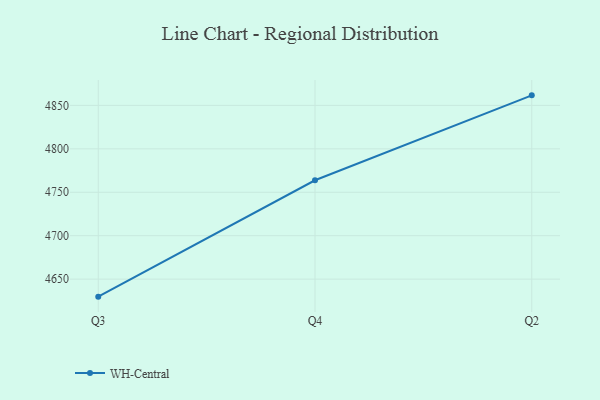
{"axis": {"x": "Quarter", "y": "Humidity (%)"}, "legend": ["WH-Central"], "data": [{"x": "Q3", "y": 4629.8, "type": "WH-Central"}, {"x": "Q4", "y": 4763.8, "type": "WH-Central"}, {"x": "Q2", "y": 4861.6, "type": "WH-Central"}]}